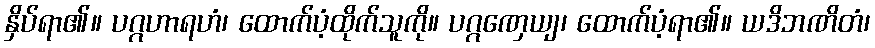
နှိပ်ရာ၏။ ပဂ္ဂဟာရဟံ၊ ထောက်ပံ့ထိုက်သူကို။ ပဂ္ဂဏှေယျ၊ ထောက်ပံ့ရာ၏။ ယဒိဘဏိတံ၊